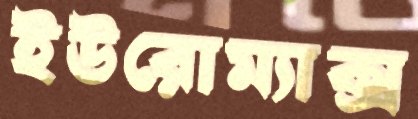
ইউরোম্যাক্স